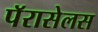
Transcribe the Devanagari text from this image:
पॅरासेलस